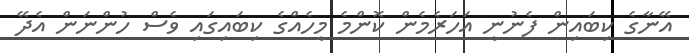
އޭނާގެ ކިބައިން ފެނުނީ އަހަރެމެން ކޮންމެ މީހެއްގެ ކިބައިގައި ވެސް ހުންނަން އެދޭ